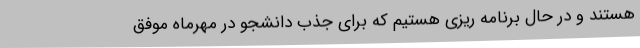
هستند و در حال برنامه ریزی هستیم که برای جذب دانشجو در مهرماه موفق